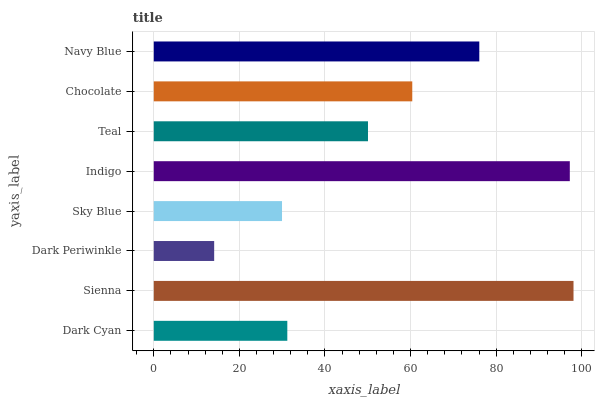
| yaxis_label | bars |
 | --- | --- |
 | Dark Cyan | 31.2 |
 | Sienna | 98.1 |
 | Dark Periwinkle | 14.1 |
 | Sky Blue | 30 |
 | Indigo | 97.2 |
 | Teal | 50.1 |
 | Chocolate | 60.4 |
 | Navy Blue | 76.1 |